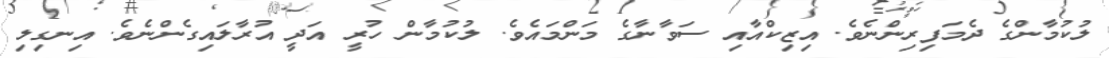
ލުކުމާންގެ ދެމަފިރިންނެވެ. އިޒިކްއާއި ސަވާނާގެ މަންމައެވެ. ލުކުމާން ހުރީ އަދީ އުރާލައިގެންނެވެ. އިނގިލި